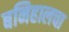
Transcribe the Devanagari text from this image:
बनिहालचा